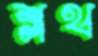
শ্লথ